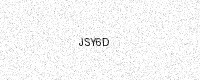
Text: JSY6D